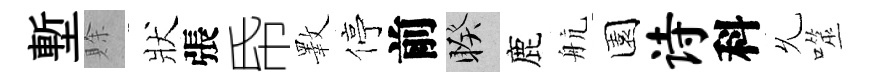
塹賖狀張帋斁停前睽鹿航園诗科𠃔噬